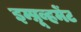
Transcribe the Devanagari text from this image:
इम्प्रूव्हमेंट